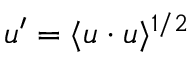
u ^ { \prime } = \langle \boldsymbol { u } \cdot \boldsymbol { u } \rangle ^ { 1 / 2 }